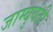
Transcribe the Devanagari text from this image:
जाम्बुवंती